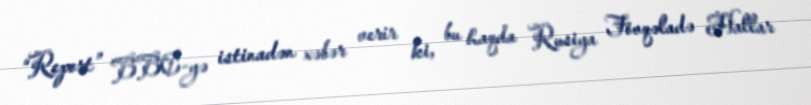
“Report” BBC-yə istinadən xəbər verir ki, bu haqda Rusiya Fövqəladə Hallar